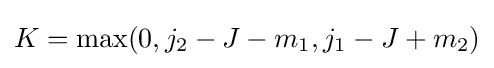
K=\max(0,j_{2}-J-m_{1},j_{1}-J+m_{2})